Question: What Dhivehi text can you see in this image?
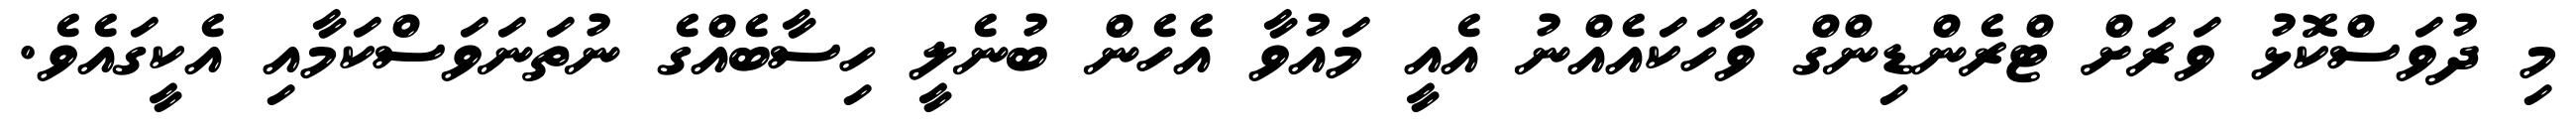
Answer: މި ދުވަސްކޮޅު ވަރަށް ޓްރެންޑިންގް ވާހަކައެއްނު އެއީ މައުވާ އެހެން ބުނެލީ ހިސާބެއްގެ ނުތަނަވަސްކަމާއި އެކީގައެވެ.